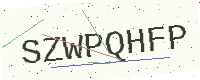
Text: SZWPQHFP